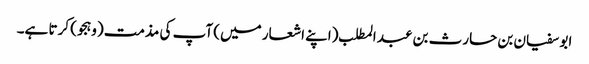
ابو سفیان بن حارث بن عبد المطلب (اپنے اشعار میں) آپ کی مذمت (وہجو) کرتا ہے۔